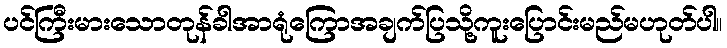
ပင်ကြီးမားသောတုန်ခါအာရုံကြောအချက်ပြသို့ကူးပြောင်းမည်မဟုတ်ပါ။